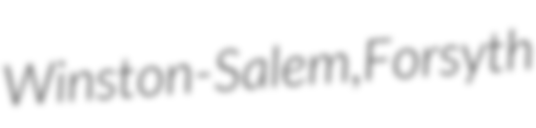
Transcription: Winston-Salem, Forsyth